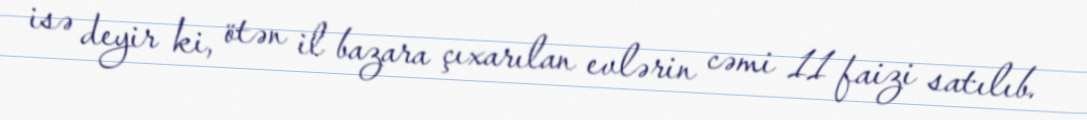
isə deyir ki, ötən il bazara çıxarılan evlərin cəmi 11 faizi satılıb.